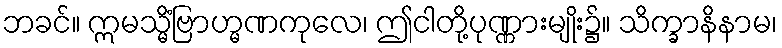
ဘခင်။ ဣမသ္မိံဗြာဟ္မဏကုလေ၊ ဤငါတို့ပုဏ္ဏားမျိုး၌။ သိက္ခာနိနာမ၊